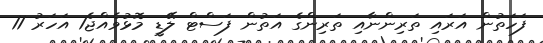
ފަހަތުން އަރައި ތަރިންނާއި ތަރިންގެ އަތުން ފަސްޓް ލޭޑީ މޮޅުވެއްޖެ1 އަހަރު 11